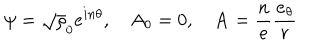
\psi = \sqrt \rho _ { 0 } e ^ { i n \theta } , \quad A _ { 0 } = 0 , \quad { \bf A } = \frac { n } { e } \frac { { \bf e } _ { \theta } } { r }